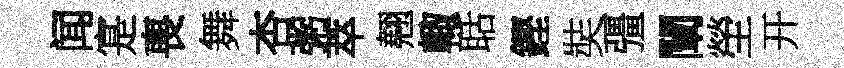
闻寔喪舞杏粥萃翹輙聒鏗奘彊闡塋开